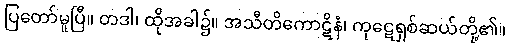
ပြတော်မူပြီ။ တဒါ၊ ထိုအခါ၌။ အသီတိကောဋိနံ၊ ကုဋေရှစ်ဆယ်တို့၏။